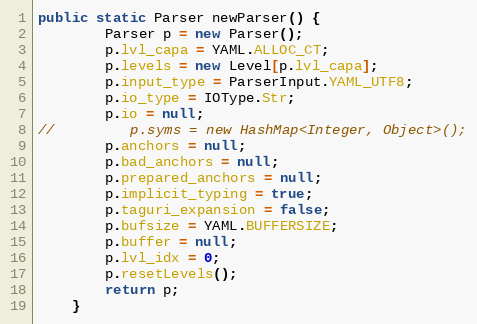
Language: Java
public static Parser newParser() {
        Parser p = new Parser();
        p.lvl_capa = YAML.ALLOC_CT;
        p.levels = new Level[p.lvl_capa];
        p.input_type = ParserInput.YAML_UTF8;
        p.io_type = IOType.Str;
        p.io = null;
//         p.syms = new HashMap<Integer, Object>();
        p.anchors = null;
        p.bad_anchors = null;
        p.prepared_anchors = null;
        p.implicit_typing = true;
        p.taguri_expansion = false;
        p.bufsize = YAML.BUFFERSIZE;
        p.buffer = null;
        p.lvl_idx = 0;
        p.resetLevels();
        return p;
    }